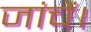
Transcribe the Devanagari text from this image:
जांचें।